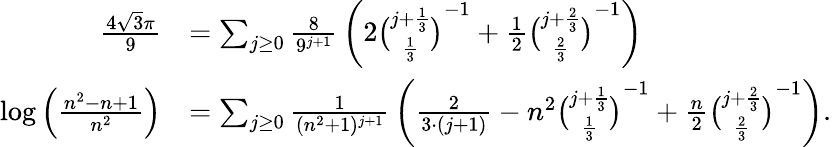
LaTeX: {\begin{array}{rl}{{\frac{4{\sqrt{3}}\pi}{9}}}&{=\sum_{j\geq 0}{\frac{8}{9^{j+1}}}\left(2{\binom{j+{\frac{1}{3}}}{\frac{1}{3}}}^{-1}+{\frac{1}{2}}{\binom{j+{\frac{2}{3}}}{\frac{2}{3}}}^{-1}\right)}\\ {\log\left({\frac{n^{2}-n+1}{n^{2}}}\right)}&{=\sum_{j\geq 0}{\frac{1}{(n^{2}+1)^{j+1}}}\left({\frac{2}{3\cdot(j+1)}}-n^{2}{\binom{j+{\frac{1}{3}}}{\frac{1}{3}}}^{-1}+{\frac{n}{2}}{\binom{j+{\frac{2}{3}}}{\frac{2}{3}}}^{-1}\right).}\end{array}}